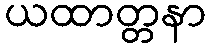
ယထာတ္တနာ